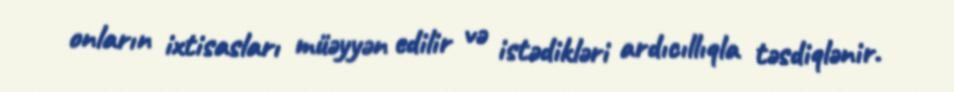
onların ixtisasları müəyyən edilir və istədikləri ardıcıllıqla təsdiqlənir.